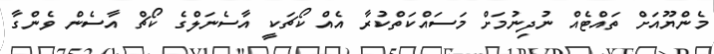
މެންޔޫއަށް ތައްޓެއް ނުދިނުމަށް މަސައްކަތްކުރާ އެއް ކޯޗަކީ އާސެނަލްގެ ކޯޗް އާސެން ވެންގާ